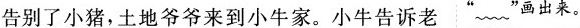
告别了小猪，土地爷爷来到小牛家。小牛告诉老 “\sim”画出来。